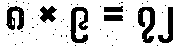
၈ × ၉ = ၇၂